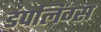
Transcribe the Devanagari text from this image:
डंपलिंग्स